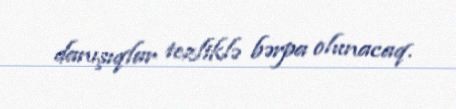
danışıqlar tezliklə bərpa olunacaq.